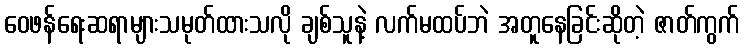
ဝေဖန်ရေးဆရာများသမုတ်ထားသလို ချစ်သူနဲ့ လက်မထပ်ဘဲ အတူနေခြင်းဆိုတဲ့ ဇာတ်ကွက်